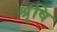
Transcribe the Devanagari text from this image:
श्रृषि